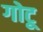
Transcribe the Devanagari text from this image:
गोटू